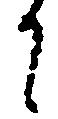
に